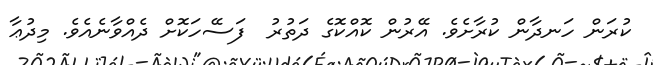
ކުރަން ހަނދާން ކުރާށެވެ. އޭރުން ކޮއްކޮގެ ދަތުރު  ފަސޭހަކޮށް ދެއްވާނެއެވެ. މިދުޢާ